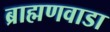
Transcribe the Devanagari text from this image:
ब्राह्मणवाडा